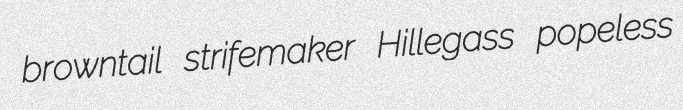
browntail strifemaker Hillegass popeless